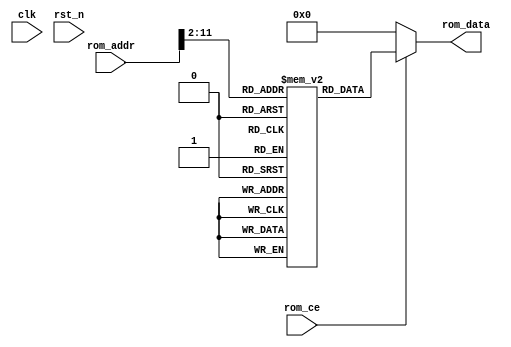
// -----------------------------------------------------------------
// 
// Company: 
// Description:                                                     
// 
// 
//                                                                  
// Comments:                                                        
// 
// -----------------------------------------------------------------


module rom #(parameter WIDTH=32, parameter DEPTH=1024) (
	input wire				    clk,
    input wire                  rst_n,
	input wire					rom_ce,
	input wire  [WIDTH-1:0]	    rom_addr,

	output reg  [WIDTH-1:0]		rom_data   
);

    parameter ADDR_WIDTH = $clog2(DEPTH);
    (*ram_style="block"*) reg [31:0] rom_mem [DEPTH-1:0];


    always @ (*) begin
		if (rom_ce == 1'b0) begin
			rom_data = 32'd0;
		end else begin
			rom_data = rom_mem[rom_addr[ADDR_WIDTH+1:2]];
		end
	end


endmodule